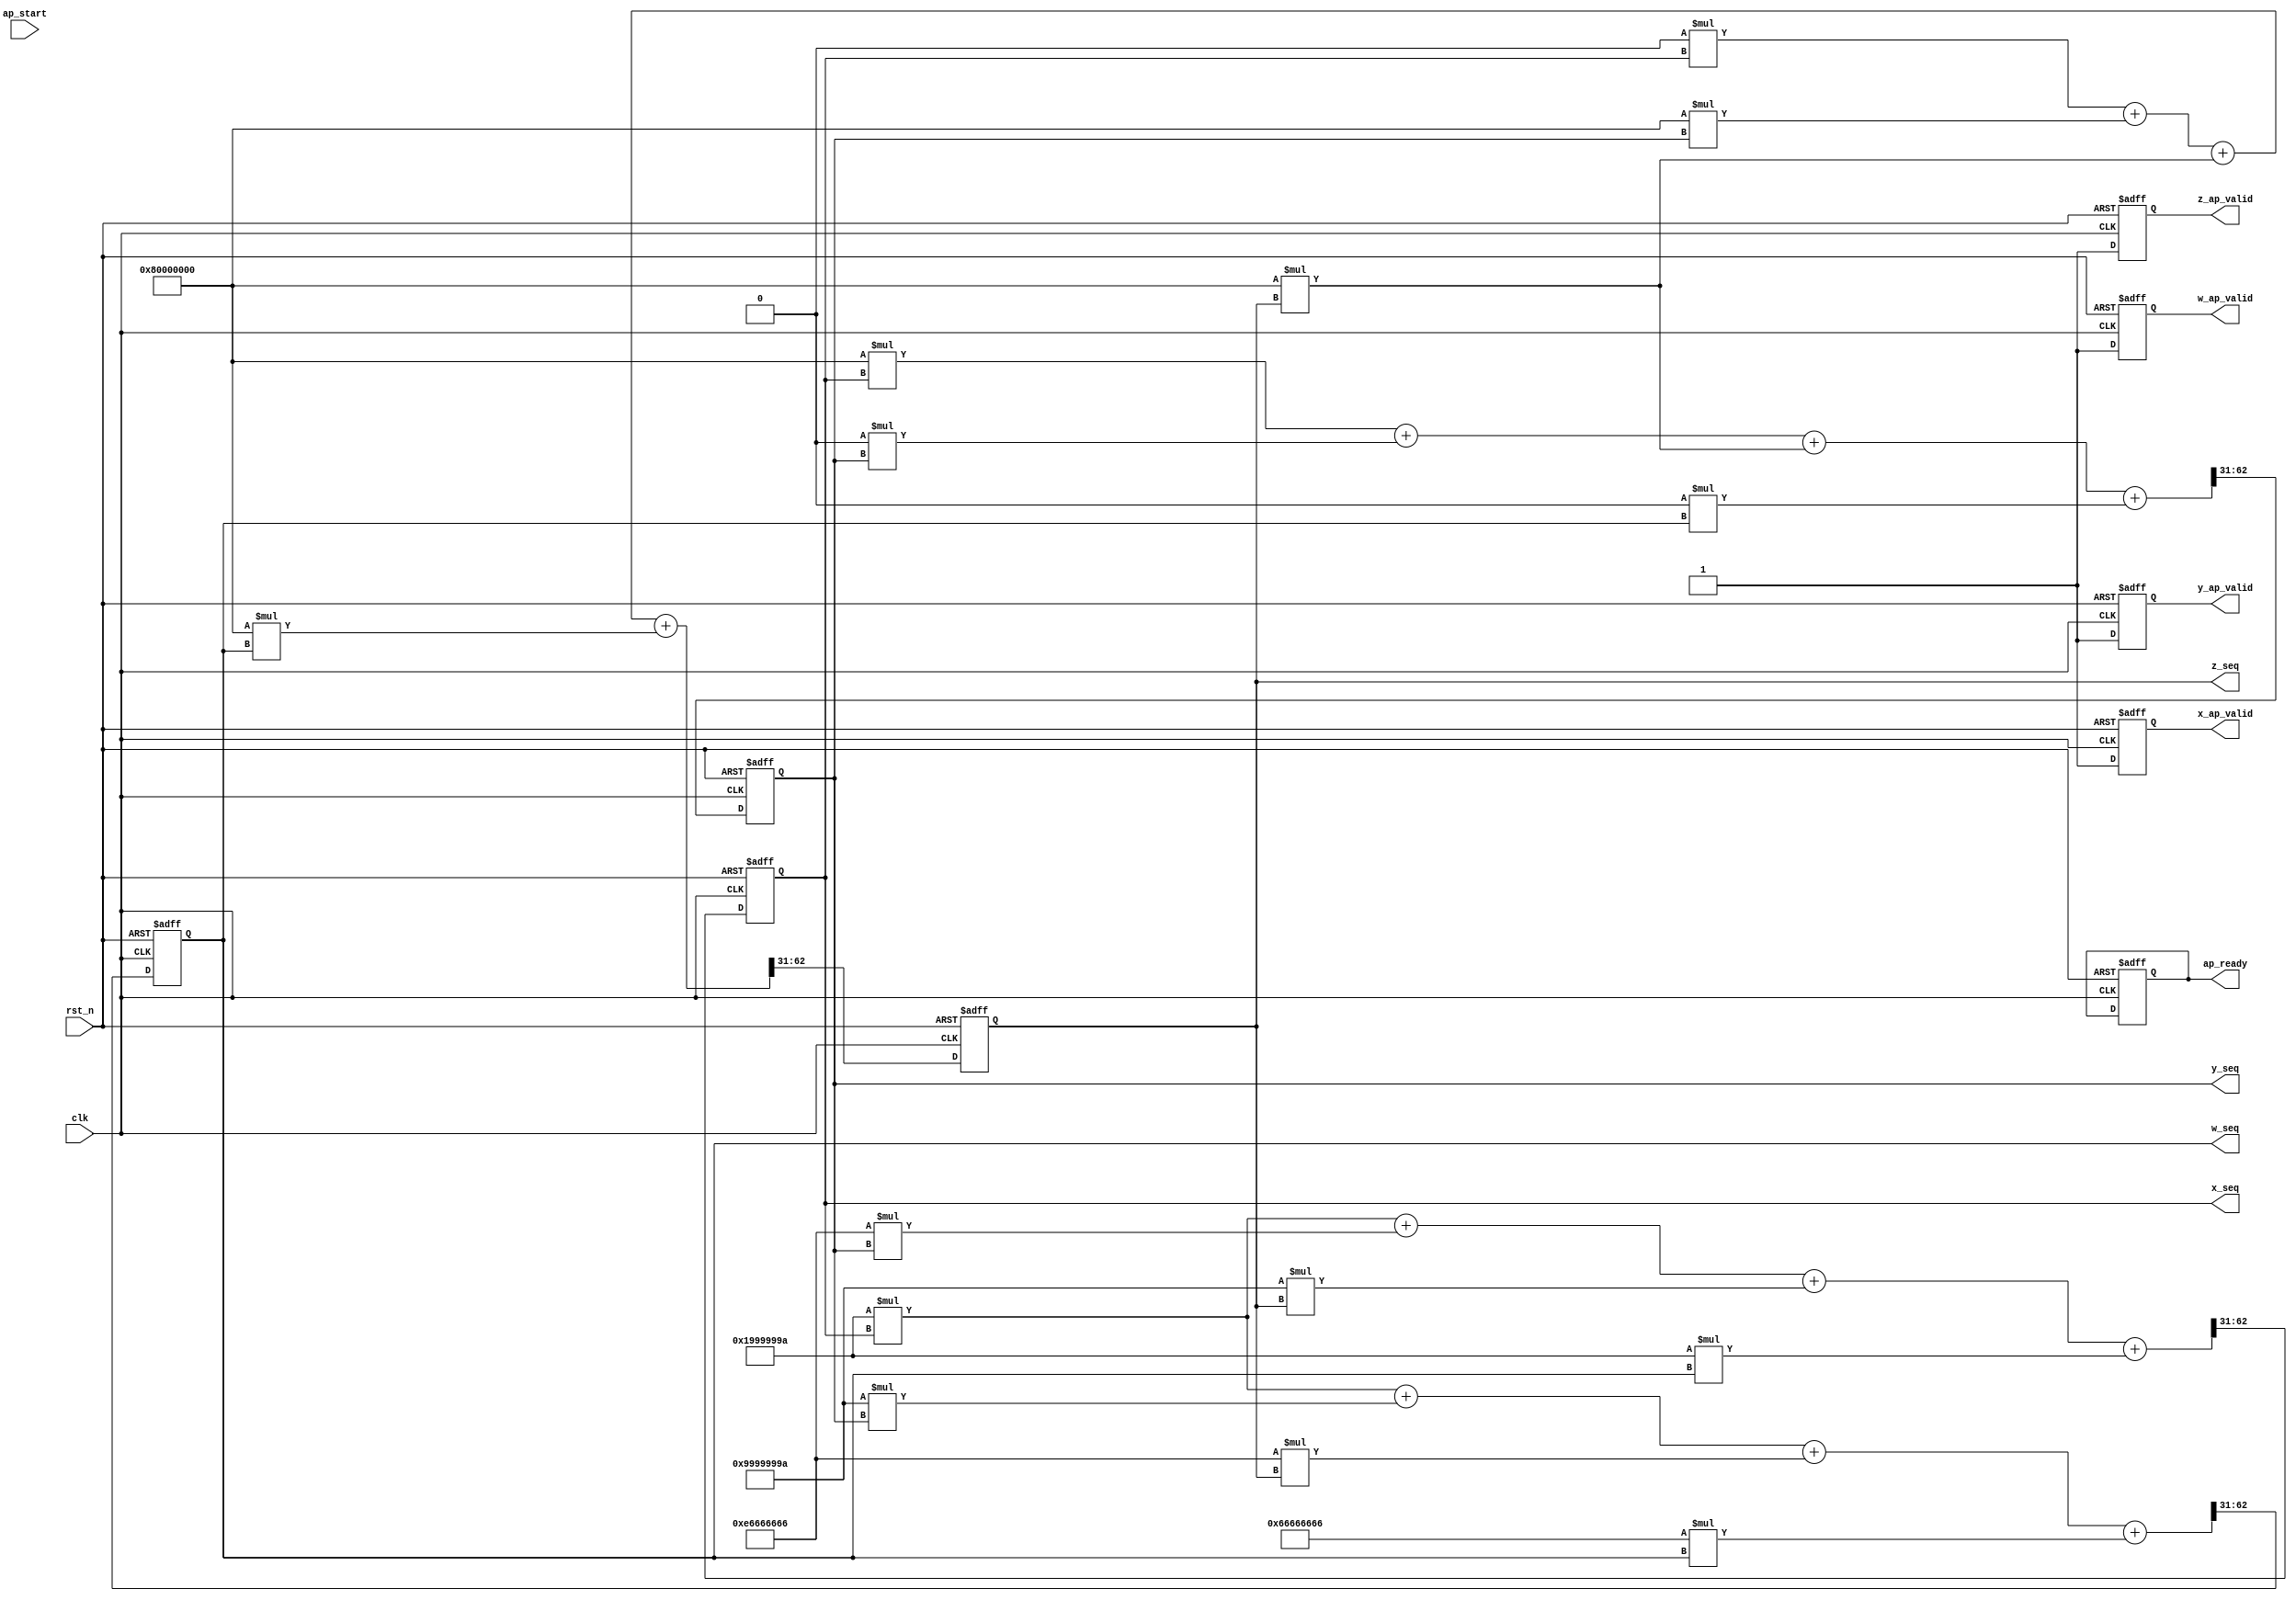
`timescale 1ns / 1ps
//////////////////////////////////////////////////////////////////////////////////
// Company: 
// Engineer: 
// 
// Design Name: 
// Module Name: chao_4out
// Project Name: 
// Target Devices: 
// Tool Versions: 
// Description: 
// 
// Dependencies: 
// 
// Revision:
// Revision 0.01 - File Created
// Additional Comments:
// 
//////////////////////////////////////////////////////////////////////////////////


module chao_4out(
    clk, rst_n, 
    ap_start,ap_ready,
    x_seq, x_ap_valid, y_seq, y_ap_valid, z_seq, z_ap_valid, w_seq, w_ap_valid
    );
    
    // parameter
    parameter integerBits   = 1;  //
    parameter fractionBits  = 31; //
    localparam totalBits = integerBits + fractionBits; // ++
    // start value (key)
    parameter [totalBits - 1 : 0] startX = 0.5 * (2.0 ** fractionBits);
    parameter [totalBits - 1 : 0] startY = 0.3 * (2.0 ** fractionBits);
    parameter [totalBits - 1 : 0] startZ = 0.7 * (2.0 ** fractionBits); 
    parameter [totalBits - 1 : 0] startW = 0.5 * (2.0 ** fractionBits); 
    // canshu
    parameter [totalBits - 1 : 0] a1 =   0.2 * (2.0 ** fractionBits); 
    parameter [totalBits - 1 : 0] b1 =   1.8 * (2.0 ** fractionBits); 
    parameter [totalBits - 1 : 0] c1 =   3.2 * (2.0 ** fractionBits); 
    parameter [totalBits - 1 : 0] d1 =   4.2 * (2.0 ** fractionBits); 
    parameter [totalBits - 1 : 0] a2 =   3   * (2.0 ** fractionBits); 
    parameter [totalBits - 1 : 0] b2 =   2   * (2.0 ** fractionBits); 
    parameter [totalBits - 1 : 0] c2 =   3   * (2.0 ** fractionBits); 
    parameter [totalBits - 1 : 0] d2 =   4   * (2.0 ** fractionBits); 
    parameter [totalBits - 1 : 0] a3 =   4   * (2.0 ** fractionBits); 
    parameter [totalBits - 1 : 0] b3 =   3   * (2.0 ** fractionBits); 
    parameter [totalBits - 1 : 0] c3 =  11   * (2.0 ** fractionBits); 
    parameter [totalBits - 1 : 0] d3 =   3   * (2.0 ** fractionBits); 
    parameter [totalBits - 1 : 0] a4 =   4.2 * (2.0 ** fractionBits); 
    parameter [totalBits - 1 : 0] b4 =   3.2 * (2.0 ** fractionBits); 
    parameter [totalBits - 1 : 0] c4 =   1.8 * (2.0 ** fractionBits); 
    parameter [totalBits - 1 : 0] d4 =  12.8 * (2.0 ** fractionBits); 
    
    // port 
    input wire clk;
    input wire rst_n;
    input wire ap_start;
    output reg ap_ready;
    output reg [totalBits - 1 : 0] x_seq;
    output reg [totalBits - 1 : 0] y_seq;
    output reg [totalBits - 1 : 0] z_seq;
    output reg [totalBits - 1 : 0] w_seq;
    output reg x_ap_valid;
    output reg y_ap_valid;
    output reg z_ap_valid;
    output reg w_ap_valid;
    //inside wire or reg
    reg [totalBits * 2 - 1 : 0] a,b,c,d;
    // fmc
    
    // rst
    always @ (posedge clk or negedge rst_n) begin
        if(!rst_n) begin
            ap_ready   <= 1'b1;
            x_seq      <= startX;
            y_seq      <= startY;
            z_seq      <= startZ;
            w_seq      <= startW;
            x_ap_valid <= 1'b0;
            y_ap_valid <= 1'b0;
            z_ap_valid <= 1'b0;
            w_ap_valid <= 1'b0;            
        end
        else begin
            a = (a1 * x_seq + b1 * y_seq + c1 * z_seq + d1 * w_seq) ;                  
            b = (a2 * x_seq + b2 * y_seq + c2 * z_seq + d2 * w_seq) ;                  
            c = (a3 * x_seq + b3 * y_seq + c3 * z_seq + d3 * w_seq) ;                  
            d = (a4 * x_seq + b4 * y_seq + c4 * z_seq + d4 * w_seq) ;   
            x_seq = a >> fractionBits;                  
            y_seq = b >> fractionBits;                  
            z_seq = c >> fractionBits;                  
            w_seq = d >> fractionBits;   
//            x_seq <= (a1 * x_seq + b1 * y_seq + c1 * z_seq + d1 * w_seq) >> fractionBits;                  
//            y_seq <= (a2 * x_seq + b2 * y_seq + c2 * z_seq + d2 * w_seq) >> fractionBits;                  
//            z_seq <= (a3 * x_seq + b3 * y_seq + c3 * z_seq + d3 * w_seq) >> fractionBits;                  
//            w_seq <= (a4 * x_seq + b4 * y_seq + c4 * z_seq + d4 * w_seq) >> fractionBits;               
            x_ap_valid = 1;
            y_ap_valid = 1;
            z_ap_valid = 1;
            w_ap_valid = 1;
        end
    end
    
    
    
    
endmodule